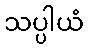
သပ္ပါယံ